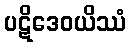
ပဋိဒေဝယိဿံ